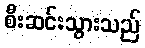
စီးဆင်းသွားသည်